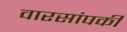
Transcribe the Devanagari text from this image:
वारसांपकी